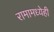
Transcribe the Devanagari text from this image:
रामामध्येही